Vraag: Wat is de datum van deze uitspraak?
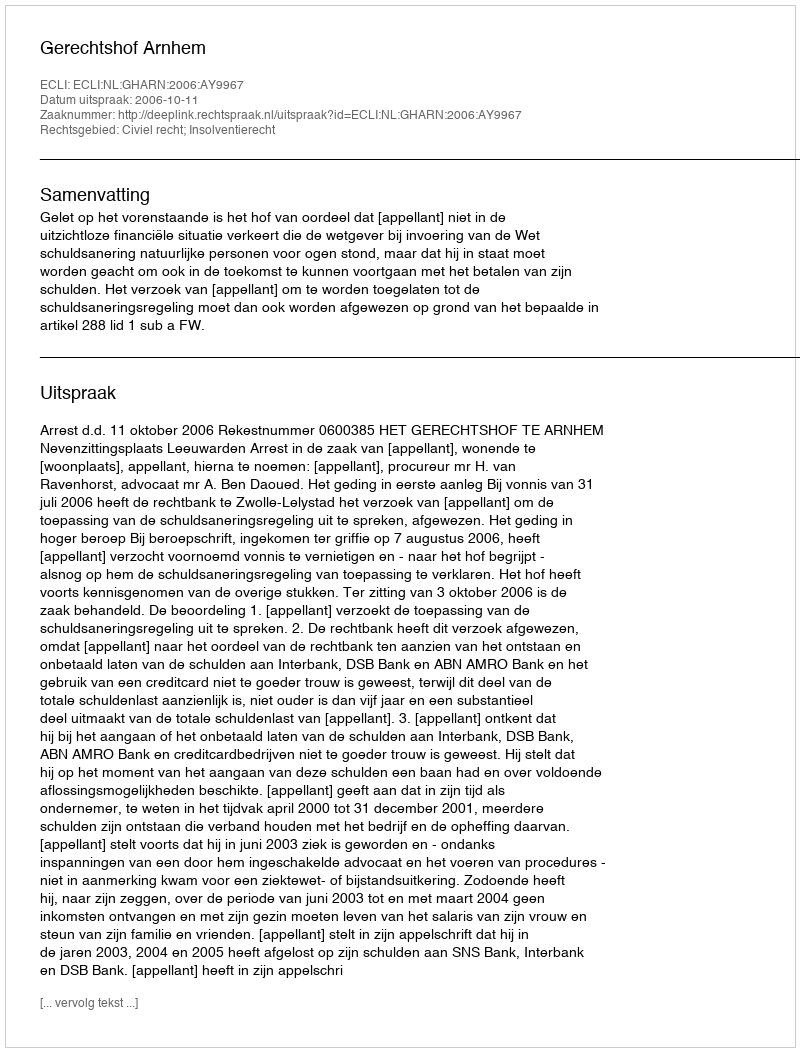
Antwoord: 2006-10-11